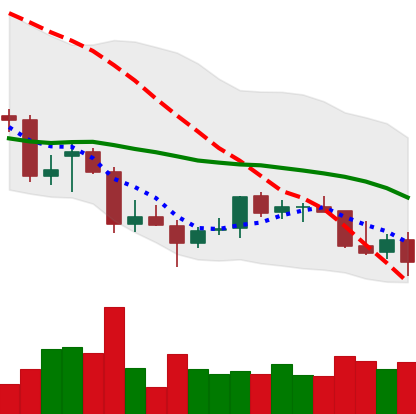
Ticker: TRX-USD
Chart end date: 2021-12-31
Forward return: -5.325%
Label: down_5_7